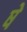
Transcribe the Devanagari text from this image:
षे